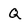
Character: Q